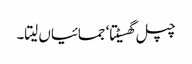
چپل گھسیٹتا‘ جمائیاں لیتا۔